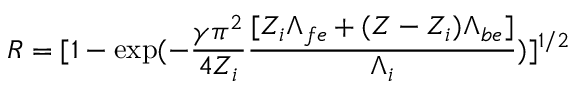
R = [ 1 - \mathrm { e x p } ( - \frac { \gamma \pi ^ { 2 } } { 4 Z _ { i } } \frac { [ Z _ { i } \Lambda _ { f e } + ( Z - Z _ { i } ) \Lambda _ { b e } ] } { \Lambda _ { i } } ) ] ^ { 1 / 2 }